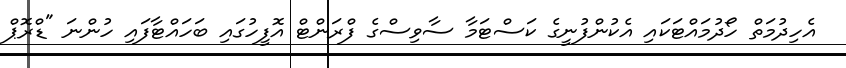
އެހިދުމަތް ހޯދުމައްޓަކައި އެކުންފުނީގެ ކަސްޓަމާ ސާވިސްގެ ފްރަންޓް އޮފީހުގައި ބަހައްޓާފައި ހުންނަ "ޑްރޮޕް